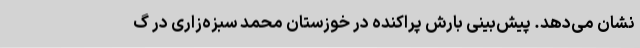
نشان می‌دهد. پیش‌بینی بارش پراکنده در خوزستان محمد سبزه‌زاری در گ